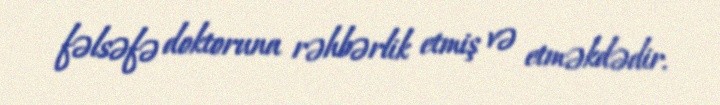
fəlsəfə doktoruna rəhbərlik etmiş və etməkdədir.